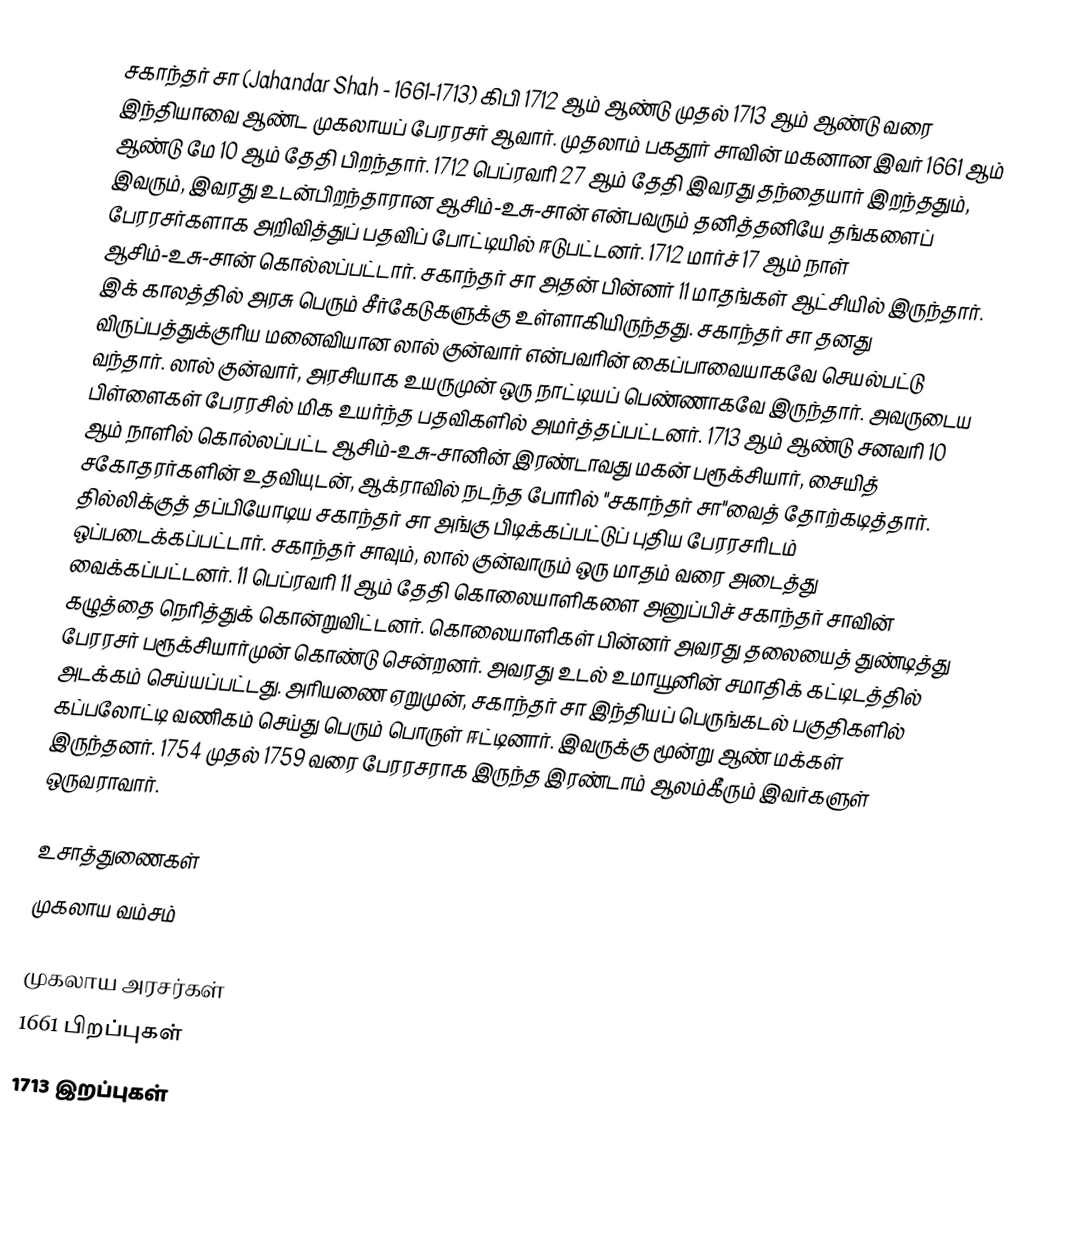
சகாந்தர் சா (Jahandar Shah - 1661-1713) கிபி 1712 ஆம் ஆண்டு முதல் 1713 ஆம் ஆண்டு வரை இந்தியாவை ஆண்ட முகலாயப் பேரரசர் ஆவார். முதலாம் பகதூர் சாவின் மகனான இவர் 1661 ஆம் ஆண்டு மே 10 ஆம் தேதி பிறந்தார். 1712 பெப்ரவரி 27 ஆம் தேதி இவரது தந்தையார் இறந்ததும், இவரும், இவரது உடன்பிறந்தாரான ஆசிம்-உசு-சான் என்பவரும் தனித்தனியே தங்களைப் பேரரசர்களாக அறிவித்துப் பதவிப் போட்டியில் ஈடுபட்டனர். 1712 மார்ச் 17 ஆம் நாள் ஆசிம்-உசு-சான் கொல்லப்பட்டார். சகாந்தர் சா அதன் பின்னர் 11 மாதங்கள் ஆட்சியில் இருந்தார். இக் காலத்தில் அரசு பெரும் சீர்கேடுகளுக்கு உள்ளாகியிருந்தது. சகாந்தர் சா தனது விருப்பத்துக்குரிய மனைவியான லால் குன்வார் என்பவரின் கைப்பாவையாகவே செயல்பட்டு வந்தார். லால் குன்வார், அரசியாக உயருமுன் ஒரு நாட்டியப் பெண்ணாகவே இருந்தார். அவருடைய பிள்ளைகள் பேரரசில் மிக உயர்ந்த பதவிகளில் அமர்த்தப்பட்டனர். 1713 ஆம் ஆண்டு சனவரி 10 ஆம் நாளில் கொல்லப்பட்ட ஆசிம்-உசு-சானின் இரண்டாவது மகன் பரூக்சியார், சையித் சகோதரர்களின் உதவியுடன், ஆக்ராவில் நடந்த போரில் "சகாந்தர் சா"வைத் தோற்கடித்தார். தில்லிக்குத் தப்பியோடிய சகாந்தர் சா அங்கு பிடிக்கப்பட்டுப் புதிய பேரரசரிடம் ஒப்படைக்கப்பட்டார். சகாந்தர் சாவும், லால் குன்வாரும் ஒரு மாதம் வரை அடைத்து வைக்கப்பட்டனர். 11 பெப்ரவரி 11 ஆம் தேதி கொலையாளிகளை அனுப்பிச் சகாந்தர் சாவின் கழுத்தை நெரித்துக் கொன்றுவிட்டனர். கொலையாளிகள் பின்னர் அவரது தலையைத் துண்டித்து பேரரசர் பரூக்சியார்முன் கொண்டு சென்றனர். அவரது உடல் உமாயூனின் சமாதிக் கட்டிடத்தில் அடக்கம் செய்யப்பட்டது. அரியணை ஏறுமுன், சகாந்தர் சா இந்தியப் பெருங்கடல் பகுதிகளில் கப்பலோட்டி வணிகம் செய்து பெரும் பொருள் ஈட்டினார். இவருக்கு மூன்று ஆண் மக்கள் இருந்தனர். 1754 முதல் 1759 வரை பேரரசராக இருந்த இரண்டாம் ஆலம்கீரும் இவர்களுள் ஒருவராவார்.

உசாத்துணைகள்
முகலாய வம்சம்

முகலாய அரசர்கள்
1661 பிறப்புகள்
1713 இறப்புகள்